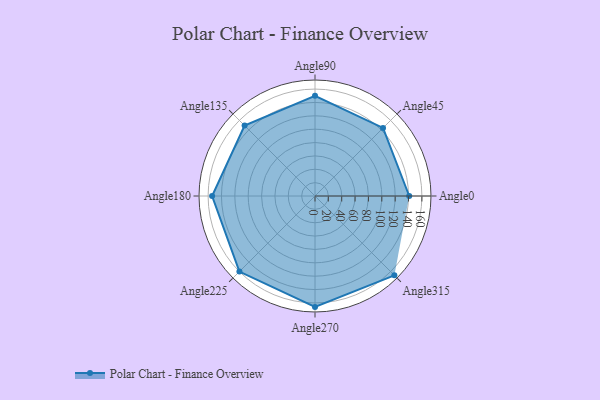
{"axis": {"x": "Angle", "y": "Radius"}, "legend": [""], "data": [{"x": "Angle0", "y": 141.0, "type": ""}, {"x": "Angle45", "y": 144.0, "type": ""}, {"x": "Angle90", "y": 150.0, "type": ""}, {"x": "Angle135", "y": 149.0, "type": ""}, {"x": "Angle180", "y": 154.0, "type": ""}, {"x": "Angle225", "y": 160.0, "type": ""}, {"x": "Angle270", "y": 166.0, "type": ""}, {"x": "Angle315", "y": 168.0, "type": ""}]}